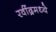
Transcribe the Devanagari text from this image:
रवींद्रमध्ये